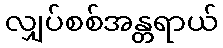
လျှပ်စစ်အန္တရာယ်